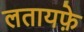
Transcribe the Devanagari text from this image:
लतायफ़े